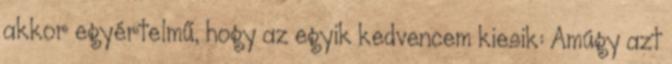
akkor egyértelmű, hogy az egyik kedvencem kiesik: Amúgy azt